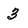
Character: 3